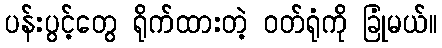
ပန်းပွင့်တွေ ရိုက်ထားတဲ့ ဝတ်ရုံကို ခြုံမယ်။